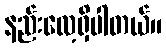
နည်းလေ့ရှိပါတယ်။